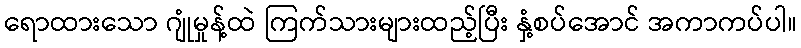
ရောထားသော ဂျုံမှုန့်ထဲ ကြက်သားများထည့်ပြီး နှံ့စပ်အောင် အကာကပ်ပါ။